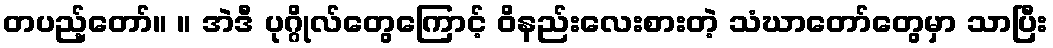
တပည့်တော်။ ။ အဲဒီ ပုဂ္ဂိုလ်တွေကြောင့် ဝိနည်းလေးစားတဲ့ သံဃာတော်တွေမှာ သာပြီး